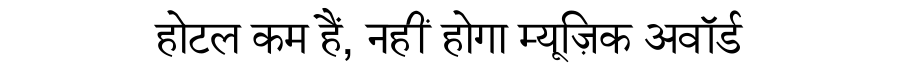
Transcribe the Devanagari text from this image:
होटल कम हैं, नहीं होगा म्यूज़िक अवॉर्ड